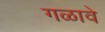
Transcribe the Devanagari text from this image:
गळावे